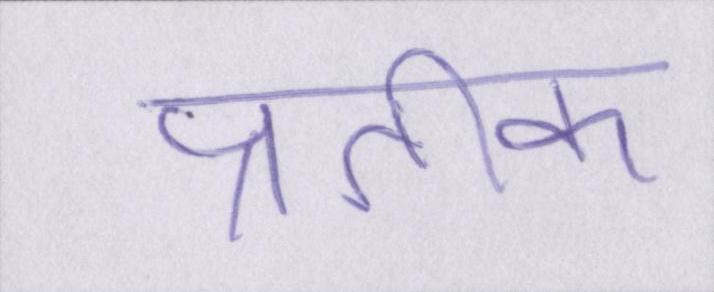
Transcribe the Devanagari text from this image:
प्रतीक